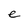
Character: e